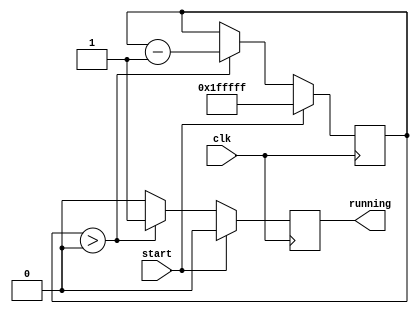
`timescale 1ns / 1ps

module timer(
	input wire clk, start,
	output reg running);
	
	reg[20:0] counter;
	
	always @(posedge clk)
	begin
		if(start)
		begin
			counter <= ~20'b0;
			running <= 1'b0; // initializing, not running
		end
		else
		begin
			if(counter > 20'b0)
				begin
					counter <= counter - 1;
					running <= 1'b1; // running, so open the latch at the other side
				end
			else
				begin
					running <= 1'b0; // timer has finished, so not running anymore
				end
		end
	end
	
endmodule

module counter 
#(parameter N=64)
(C, Q, latch, clr);

input C, clr, latch;
output [N-1:0] Q;
reg [N-1:0] r_reg;
wire [N-1:0] r_next;

// on a clock edge, increment the count, assuming no clear signal and the latch is activated
always @	(posedge C)
	if(clr)
	begin
		r_reg <= 0;
	end
	else
	begin
		if(latch)
			r_reg <= r_next;
	end
	
// output the counter register to the output signal
assign Q = r_reg;
assign r_next = r_reg + 1;

endmodule

module top (clk, button_in, button_out);
  input             clk;              
  input       		  button_in;        
  reg        [19:0] count = 0;        
  reg               button_tmp = 0;   
  output reg        button_out = 0;   

  always @ (posedge clk) begin
    count <= count + 1;
    button_tmp <= button_in;
    if (count == 0)
      button_out <= button_tmp;
  end
endmodule